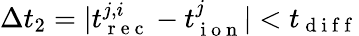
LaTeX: \Delta t_{2}=|t_{\mathrm{~r~e~c~}}^{j,i}-t_{\mathrm{~i~o~n~}}^{j}|<t_{\mathrm{~d~i~f~f~}}